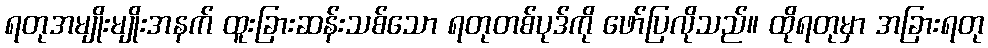
ရတုအမျိုးမျိုးအနက် ထူးခြားဆန်းသစ်သော ရတုတစ်ပုဒ်ကို ဖော်ပြလိုသည်။ ထိုရတုမှာ အခြားရတု